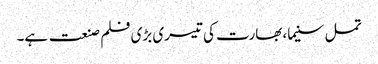
تمل سنیما، بھارت کی تیسری بڑی فلم صنعت ہے۔